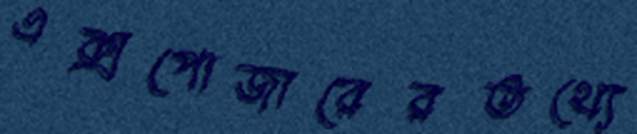
এক্সপোজারেরতথ্যে